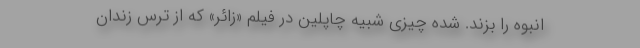
انبوه را بزند. شده چیزی شبیه چاپلین در فیلم «زائر» که از ترس زندان